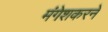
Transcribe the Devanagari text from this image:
मंगेशकरने